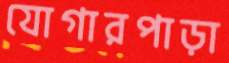
যোগারপাড়া